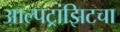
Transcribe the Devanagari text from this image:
आल्पट्रांझिटचा